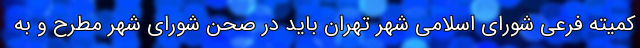
کمیته فرعی شورای اسلامی شهر تهران باید در صحن شورای شهر مطرح و به